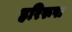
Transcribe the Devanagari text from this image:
हरिरूपा